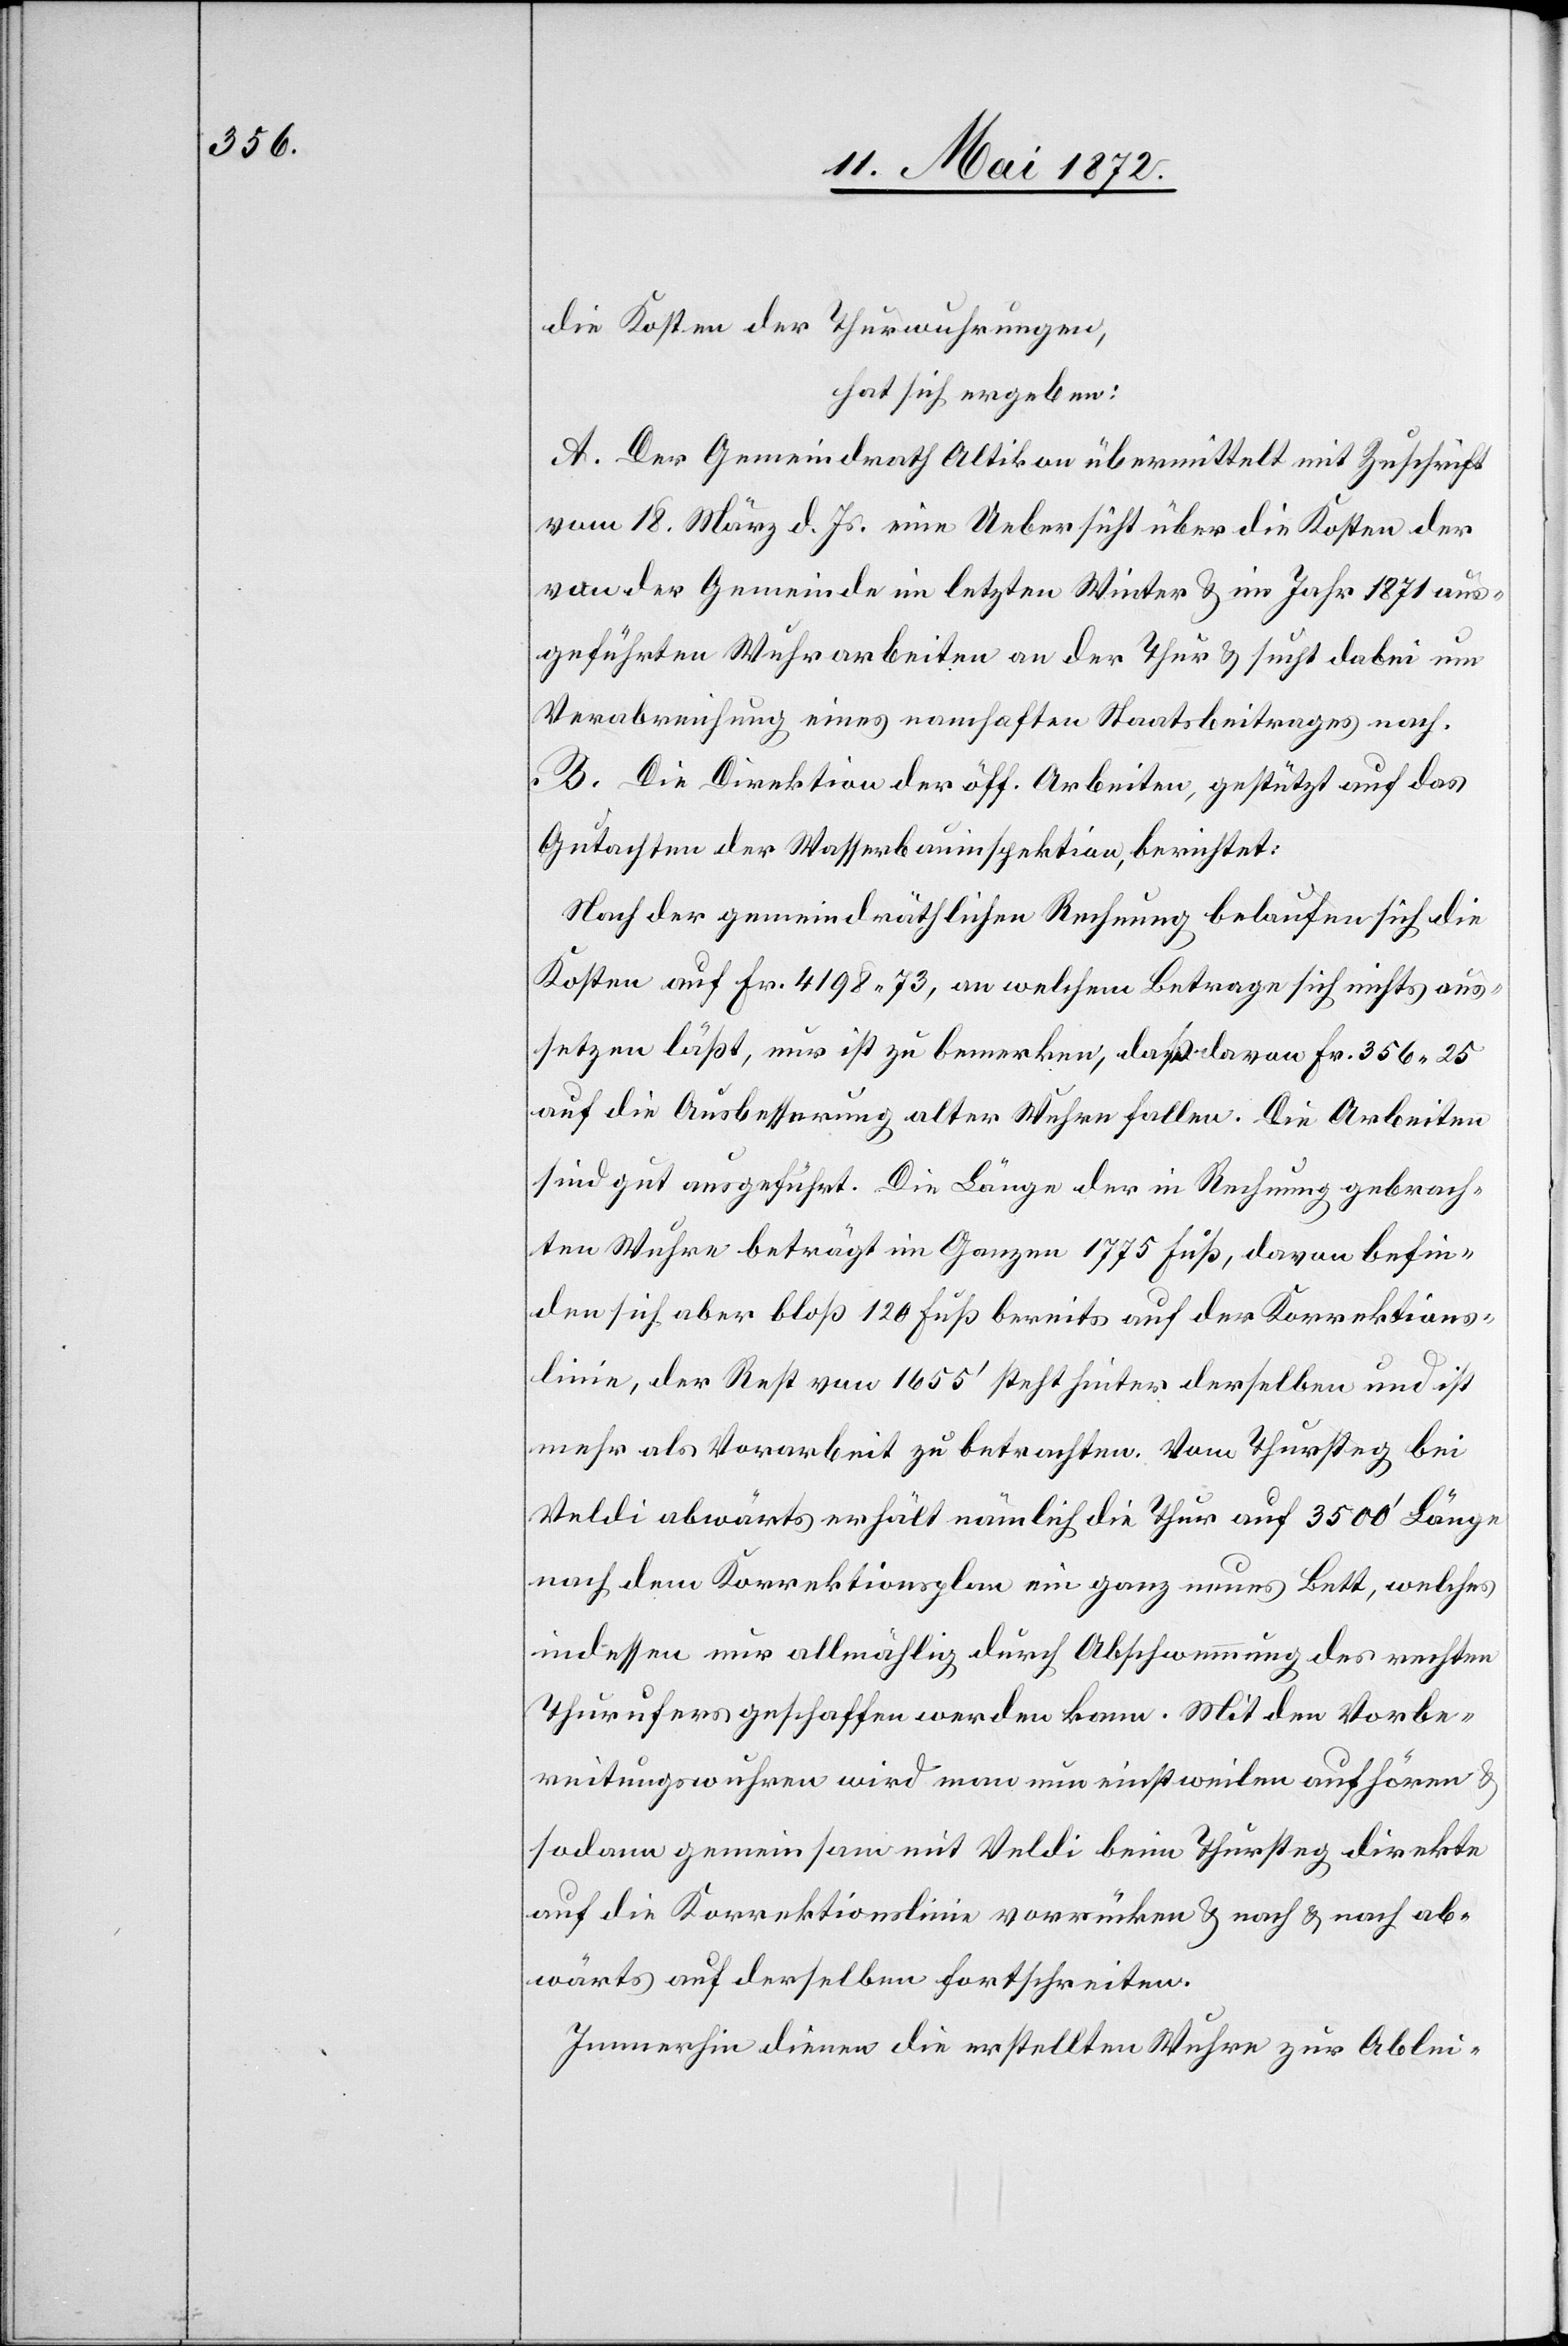
die Kosten der Thurwuhrungen,
hat sich ergeben:
A. Der Gemeindrath Altikon übermittelt mit Zuschrift
vom 18. März d. Js. eine Uebersicht über die Kosten der
von der Gemeinde im letzte Winter u. im Jahr 1871 aus¬
geführten Wuhrarbeiten an der Thur u. sucht dabei um
Verabreichung eines namhaften Staatsbeitrages nach.
B. Die Direktion der öff. Arbeiten, gestützt auf das
Gutachten der Wasserbauinspektion, berichtet:
Nach der gemeindräthlichen Rechnung belaufen sich die
Kosten auf Fr. 4198 73, an welchem Betrage sich nichts aus¬
setzen läßt, nur ist zu bemerken, daß davon Fr. 356 25
auf die Ausbesserung alter Wuhren fallen. Die Arbeiten
sind gut ausgeführt. Die Länge der in Rechnung gebrach¬
ten Wuhre beträgt im Ganzen 1775 Fuß, davon befin¬
den sich aber bloß 120 Fuß bereits auf der Korrektions¬
linie, der Rest von 1655’ steht hinter derselben und ist
mehr als Vorarbeit zu betrachten. Vom Thursteg bei
Veldi abwärts erhält nämlich die Thur auf 3500’ Länge
nach dem Korrektionsplan ein ganz neues Bett, welches
indessen nur allmählig durch Abschwemmung des rechten
Thurufers geschaffen werden kann. Mit den Vorbe¬
reitungswuhren wird man nun einstweilen aufhören u.
sodann gemeinsam mit Veldi beim Thursteg direkte
auf die Korrektionslinie vorrücken u. nach u. nach ab¬
wärts auf derselben fortschreiten.
Immerhin dienen die erstellten Wuhre zur Ablei-